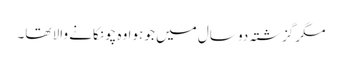
مگر گزشتہ دو سال میں جو ہوا وہ چونکانے والا تھا۔